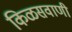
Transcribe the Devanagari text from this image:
किळसवाणी